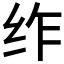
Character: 𮉣